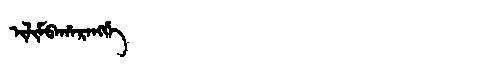
Manchu: ᡳᠯᡳᠮᠪᠠᡥᠠᡵᠠᠩᡤᡝ
Romanization: ILIMBAHARANGGE